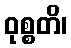
ဝုစ္စတိ၊